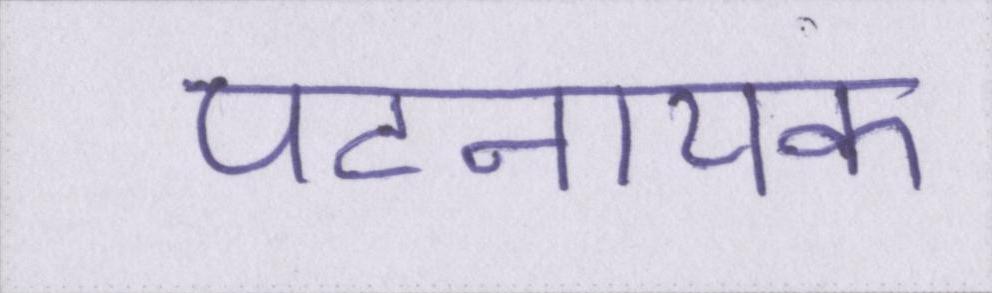
पटनायक